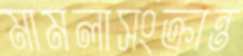
মামলাসংক্রান্ত